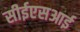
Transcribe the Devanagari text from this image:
सीईएसआई